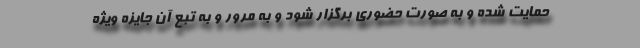
حمایت شده و به صورت حضوری برگزار شود و به مرور و به تبع آن جایزه ویژه